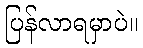
ပြန်လာရမှာပဲ။